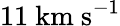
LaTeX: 11~\mathrm{km~s}^{-1}